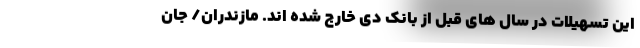
این تسهیلات در سال های قبل از بانک دی خارج شده اند. مازندران/ جان